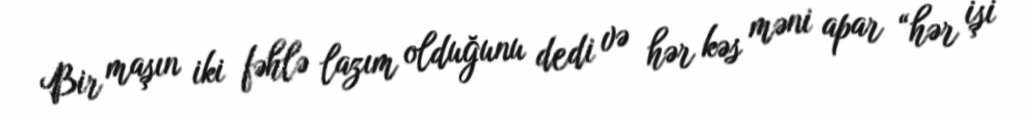
Bir maşın iki fəhlə lazım olduğunu dedi və hər kəs məni apar “hər işi